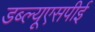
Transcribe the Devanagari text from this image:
डब्ल्यूएसपीई